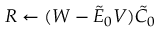
R \leftarrow ( W - \tilde { E } _ { 0 } V ) \tilde { C } _ { 0 }